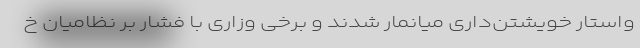
واستار خویشتن‌داری میانمار شدند و برخی وزاری با فشار بر نظامیان خ